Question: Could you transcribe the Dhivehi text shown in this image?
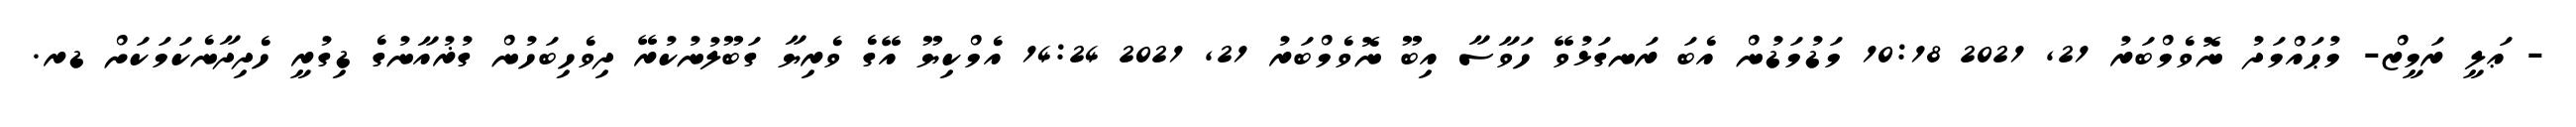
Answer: - ޢަލީ ރަމީޒް- މުޙައްމަދު ނޮވެމްބަރު 21, 2021 10:18 މަޑުމަޑުން އެބަ ރަނގަޅުވޭ ހަވާސާ އިބޫ ނޮވެމްބަރު 21, 2021 14:24 އެމްކިޔޫ އޭގެ ވެރިޔާ ގަބޫލުނުކުރޭ ދިވެހިބަހުން ގުޜުއާނުގެ ޑިގުރީ ހެދިދާނެކަމަކަށް ޑރ.